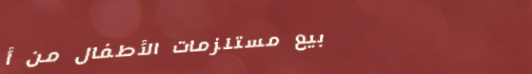
بيع مستلزمات الأطفال من أ